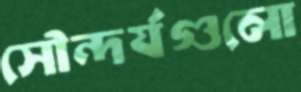
সৌন্দর্যগুলো